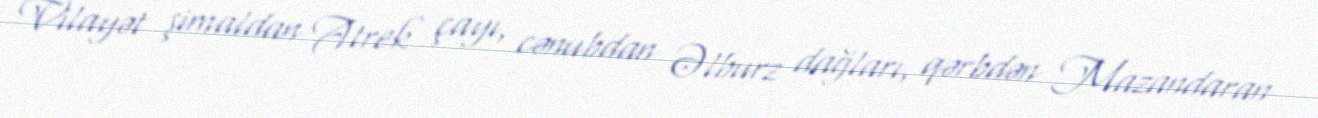
Vilayət şimaldan Atrek çayı, cənubdan Əlburz dağları, qərbdən Mazandaran